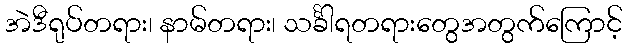
အဲဒီရုပ်တရား၊ နာမ်တရား၊ သင်္ခါရတရားတွေအတွက်ကြောင့်